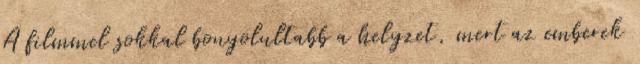
A filmmel sokkal bonyolultabb a helyzet, mert az emberek